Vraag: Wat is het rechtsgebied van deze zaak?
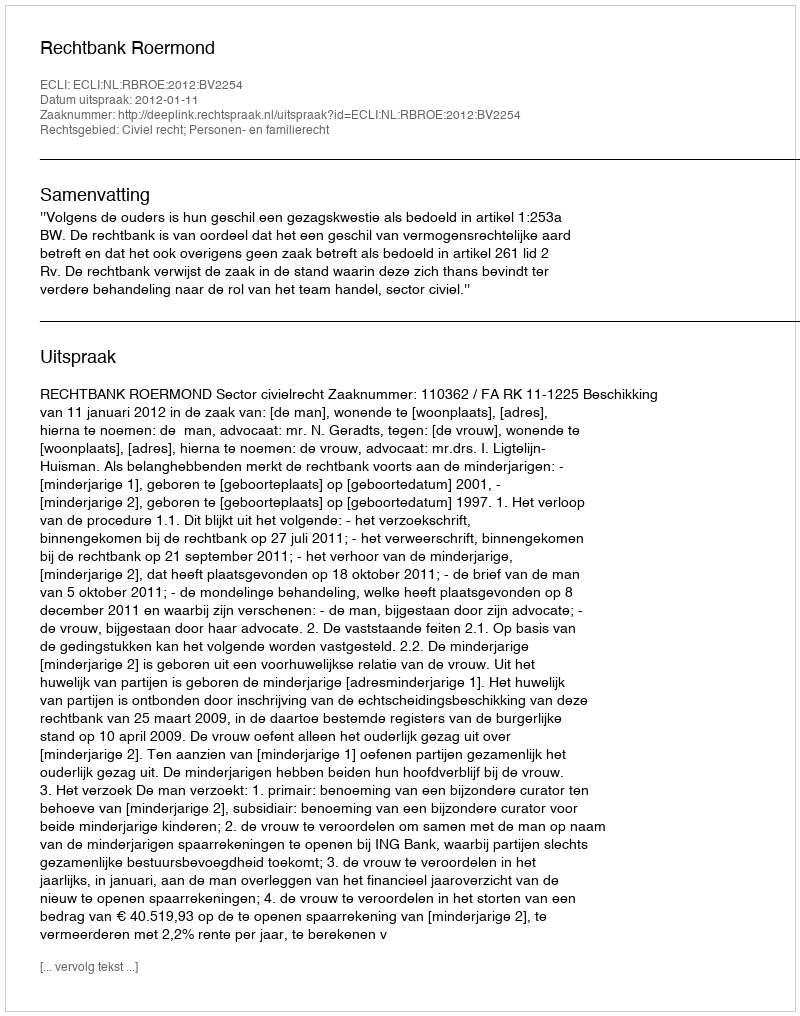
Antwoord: Civiel recht; Personen- en familierecht